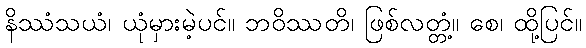
နိဿံသယံ၊ ယုံမှားမဲ့ပင်။ ဘဝိဿတိ၊ ဖြစ်လတ္တံ့။ စေ၊ ထို့ပြင်။